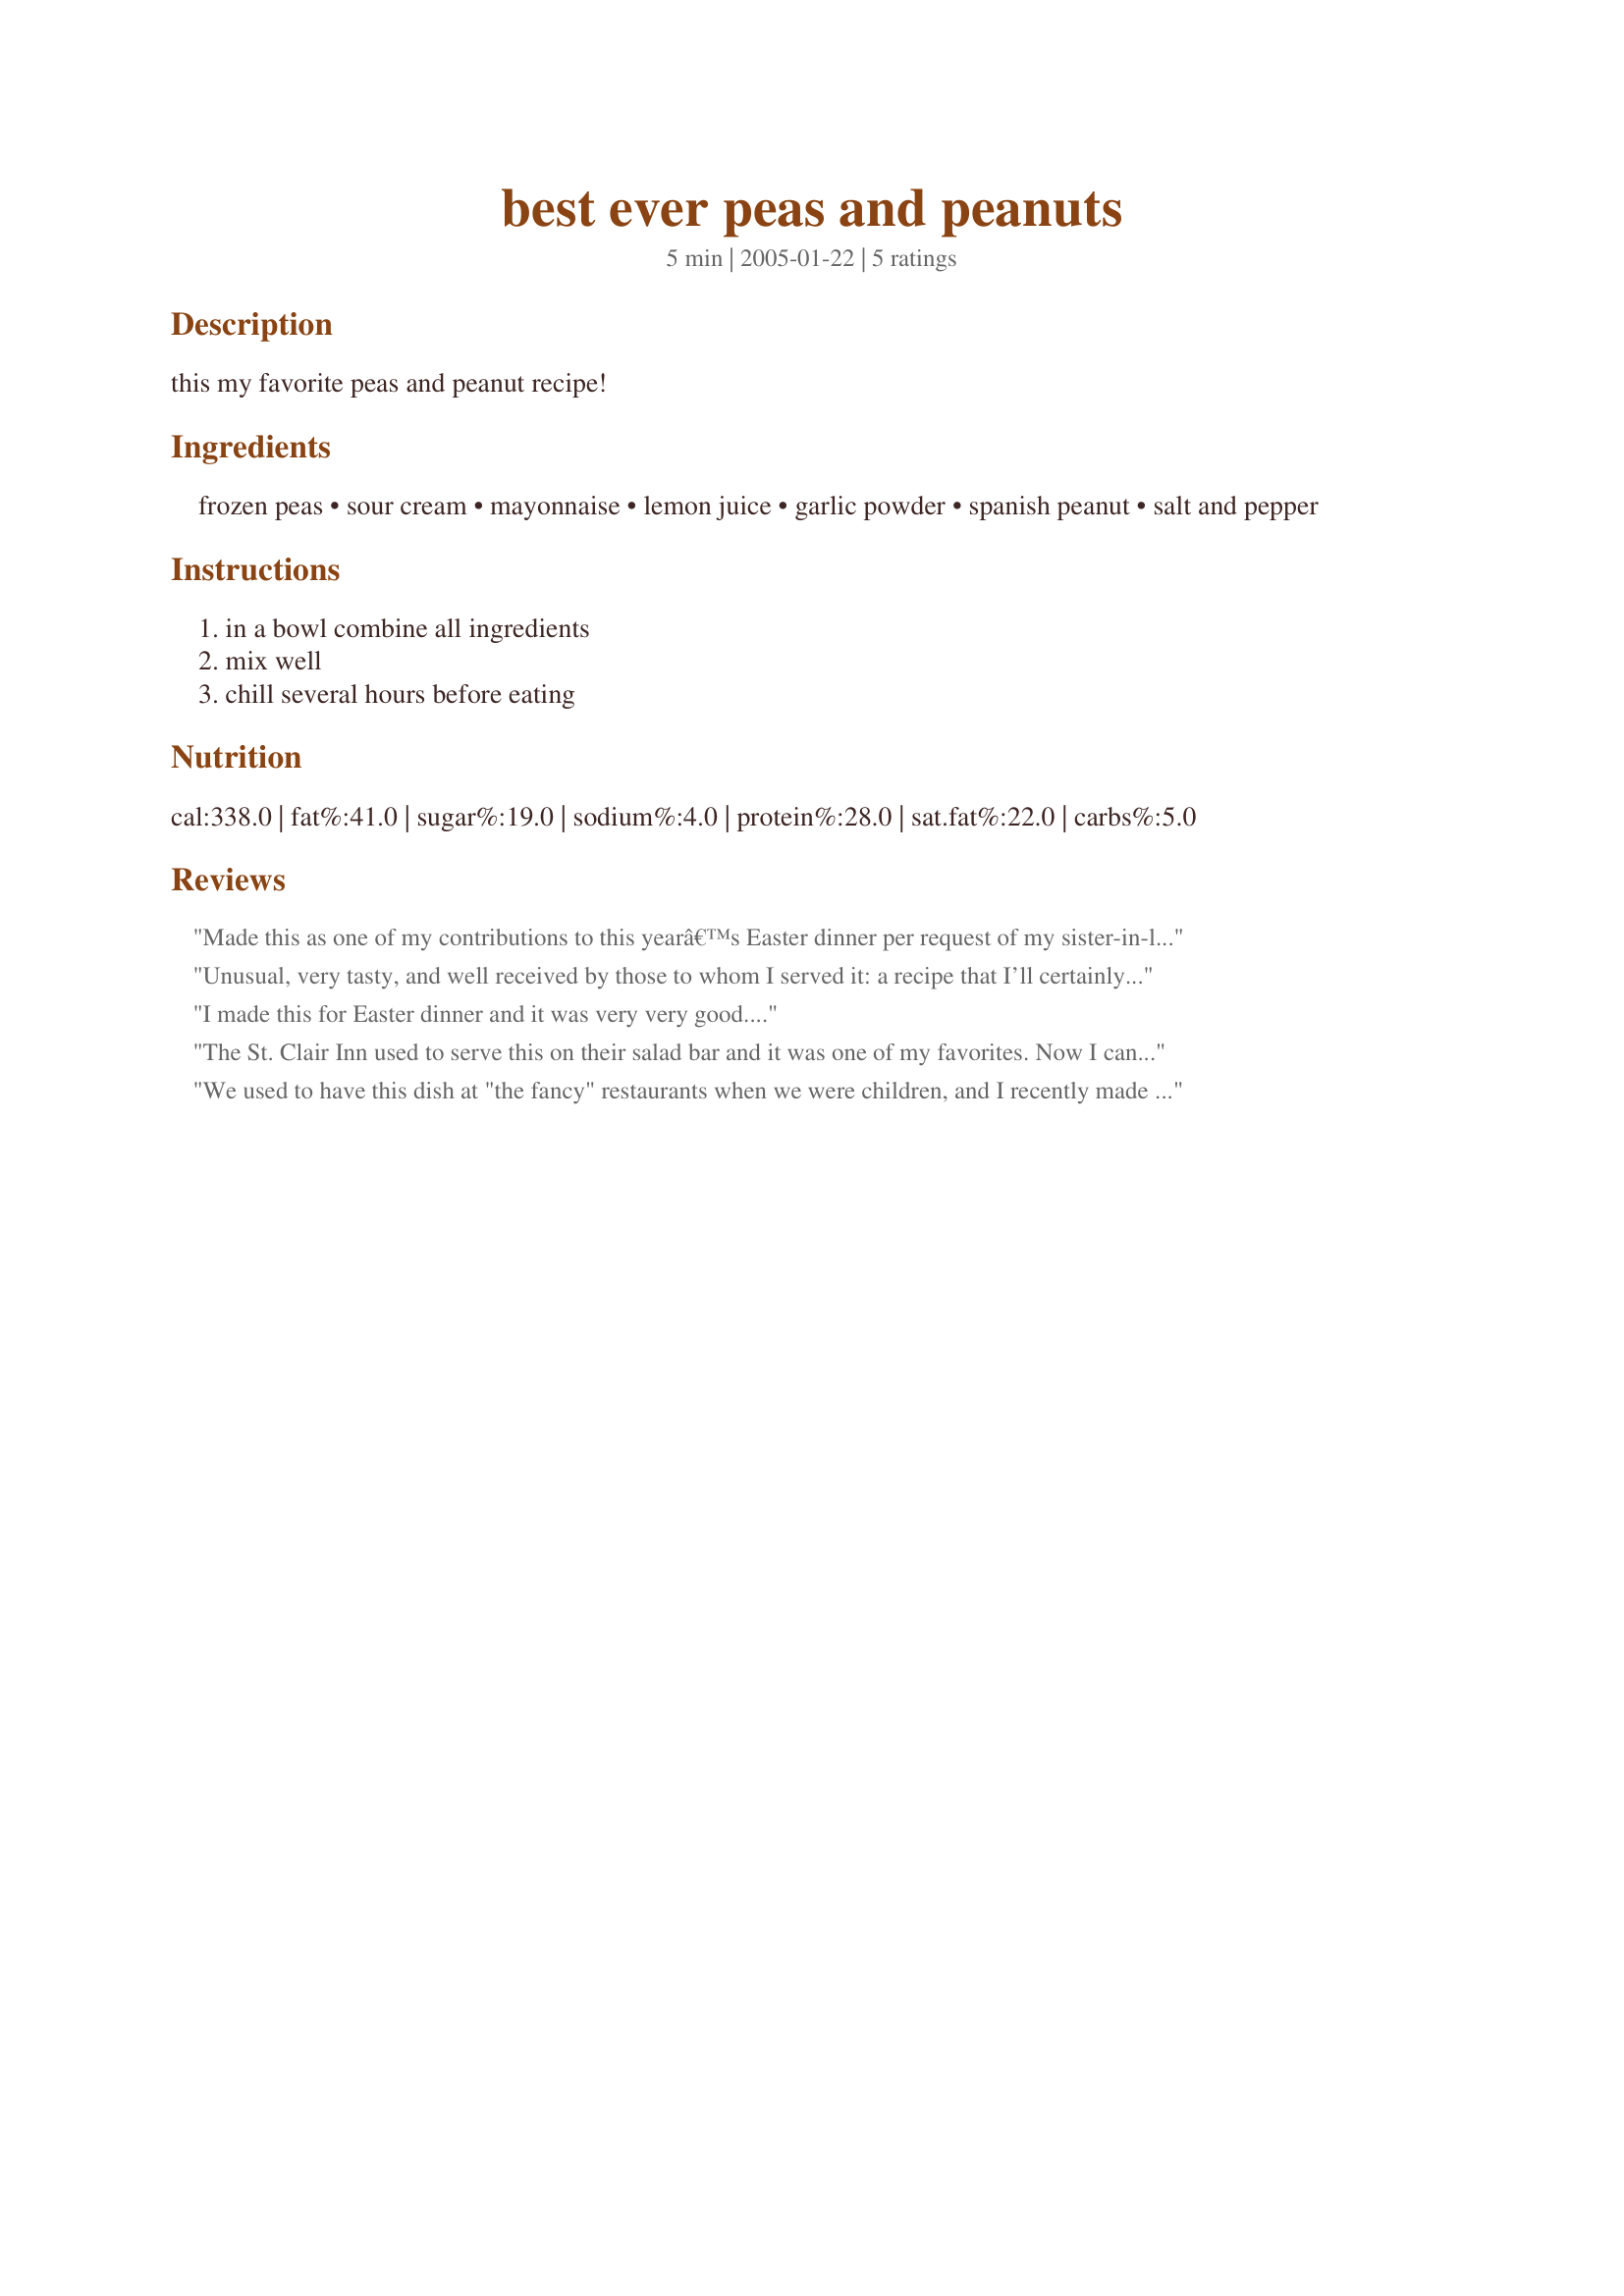
best ever peas and peanuts
Preparation time: 5 minutes

this my favorite peas and peanut recipe!

Ingredients:
frozen peas, sour cream, mayonnaise, lemon juice, garlic powder, spanish peanut, salt and pepper

Steps:
in a bowl combine all ingredients, mix well, chill several hours before eating

Reviews:
Made this as one of my contributions to this yearâ€™s Easter dinner per request of my sister-in-law. A local restaurant serves this, and thought Iâ€™d never eaten it there and so didnâ€™t know how it should taste, DSIL said it was very close and enjoyed it. My mom and DFIL were the other big takers for this particular dish and chowed down on it.
Unusual, very tasty, and well received by those to whom I served it: a recipe that I’ll certainly make again. This may be michEgan’s favourite peas and peanut recipe, but I have never tried peas and nuts together, so I have nothing with which to compare it! I halved the recipe because I was making this for four and I wasn’t sure how the nuts would fare in any that was left over. I subbed Greek yoghurt for the sour cream and used a low fat mayonnaise. Because I prefer cashews to peanuts, I used half peanuts and half cashews. The peanuts were salted so I added no extra salt, and the cashews were honey roasted, so that added a delicious sweetness. On a whim, I added two grated baby carrots, which were also very sweet; and before chilling I added a couple of grindings of freshly ground black pepper. Thank you for a most unusual recipe, made on a very hot day when cooking was totally out of the question! Everyone came back for seconds so there were no leftovers! Enough said!
I made this for Easter dinner and it was very very good....
The St. Clair Inn used to serve this on their salad bar and it was one of my favorites. Now I can make it at home, and it is soooo gooood!. I used fat-free sour cream and low-fat mayo and it worked out well for me. Thank you for posting.
We used to have this dish at "the fancy" restaurants when we were children, and I recently made this for a family occasion, but mostly for my sister. Hurray!! She loved it! Thanks for reviving the memory.
